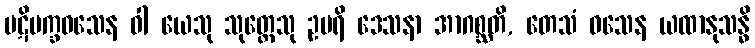
ပဋိပက္ခဝသေန ဝါ ယေသု သုတ္တေသု ဥပရိ ဒေသနာ အာဂစ္ဆတိ, တေသံ ဝသေန ယထာနုသန္ဓိ